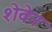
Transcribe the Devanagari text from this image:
शेवेन